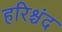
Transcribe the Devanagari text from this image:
हरिश्चंद